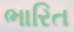
ભારિત